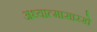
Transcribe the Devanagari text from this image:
अध्यात्मासारखे